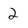
Character: 2